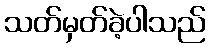
သတ်မှတ်ခဲ့ပါသည်